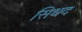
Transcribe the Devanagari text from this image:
सिधद